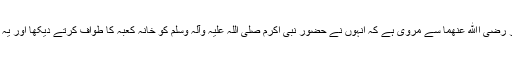
حضرت عبد اللہ بن عمر رضی اﷲ عنھما سے مروی ہے کہ انہوں نے حضور نبی اکرم صلی اللہ علیہ وآلہ وسلم کو خانہ کعبہ کا طواف کرتے دیکھا اور یہ فرماتے سنا: (اے کعبہ!